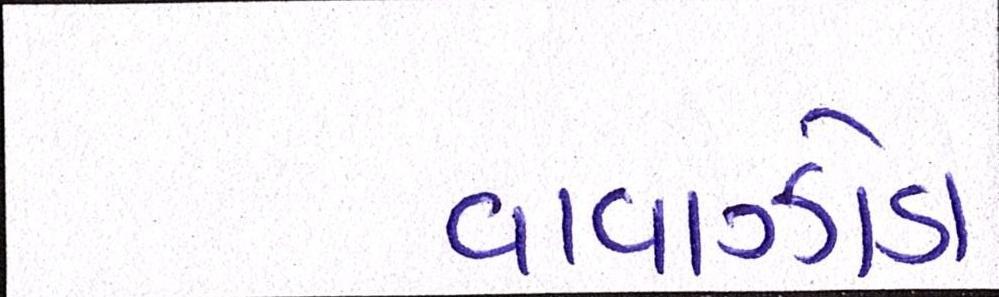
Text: વાવાઝોડા